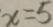
x = 5